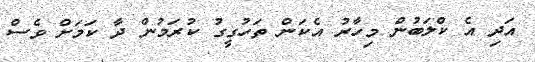
އަދި އެ ކްލަބުން މިހާރު އެކަން ތަހުގީގު ކުރަމުން ދާ ކަމަށް ވެސް